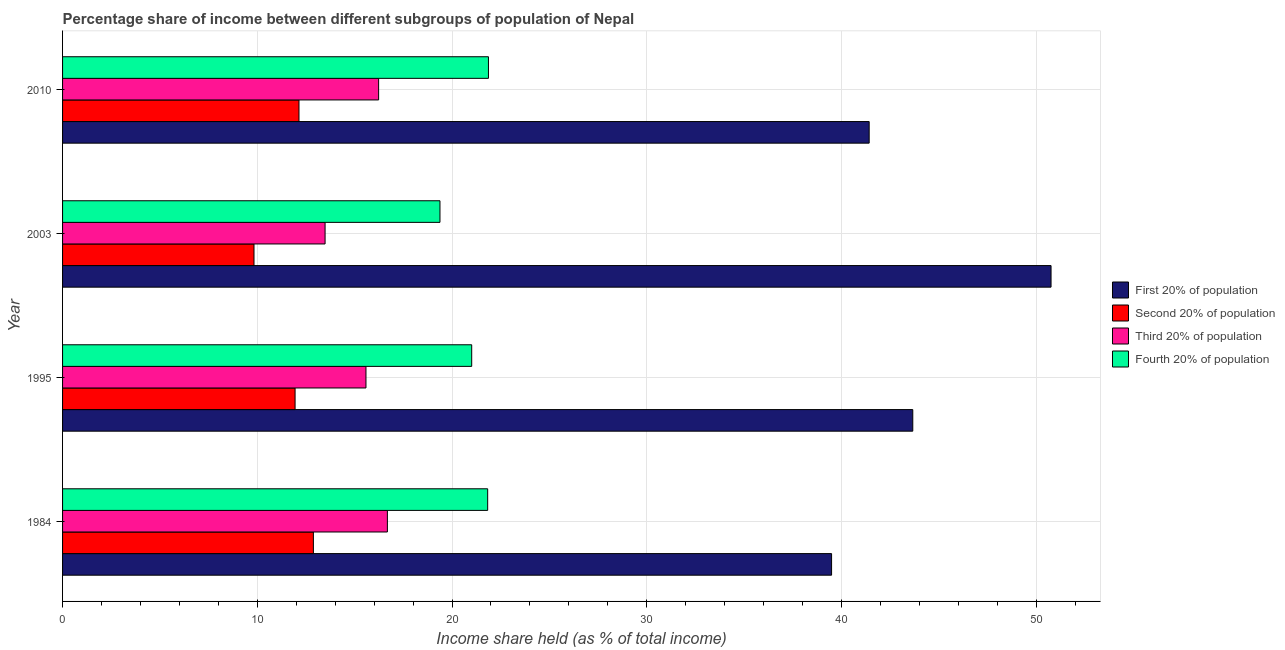
| Year | First 20% of population | Second 20% of population | Third 20% of population | Fourth 20% of population |
 | --- | --- | --- | --- | --- |
 | 1984 | 39.5 | 12.9 | 16.7 | 21.8 |
 | 1995 | 43.7 | 11.9 | 15.6 | 21 |
 | 2003 | 50.8 | 9.83 | 13.5 | 19.4 |
 | 2010 | 41.4 | 12.1 | 16.2 | 21.9 |